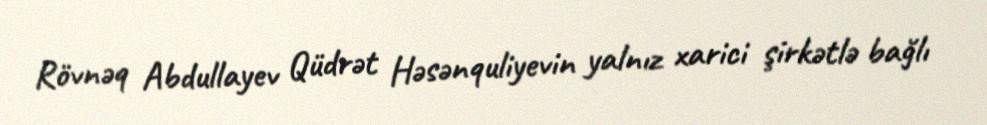
Rövnəq Abdullayev Qüdrət Həsənquliyevin yalnız xarici şirkətlə bağlı